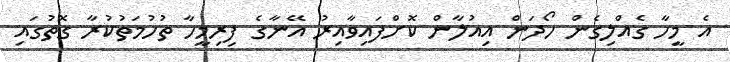
އެ މީހާ ގެއްލިގެން ހޯދަން އިއުލާން ކޮށްފައިވާއިރު އޭނާގެ ފިރިމީހާ ތުހުމަތުކުރާ ގޮތުގައި